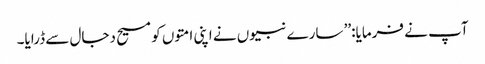
آپ نے فرمایا:’’ سارے نبیوں نے اپنی امتوں کو مسیح دجال سے ڈرایا۔